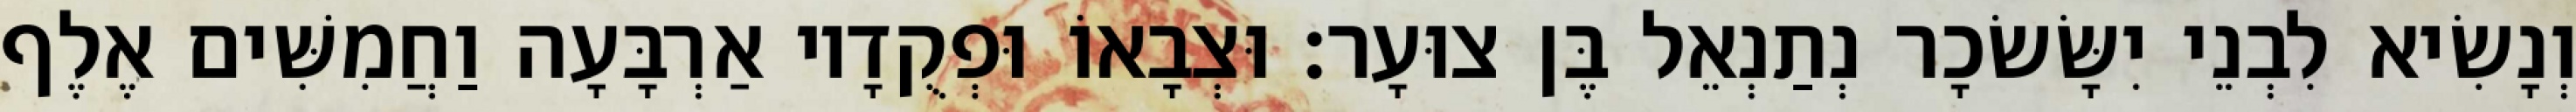
וְנָשִׂיא לִבְנֵי יִשָּׂשׂכָר נְתַנְאֵל בֶּן צוּעָר׃ וּצְבָאוֹ וּפְקֻדָיו אַרְבָּעָה וַחֲמִשִּׁים אֶלֶף